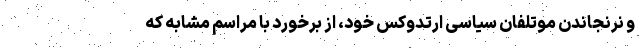
و نرنجاندن موتلفان سیاسی ارتدوکس خود، از برخورد با مراسم مشابه که